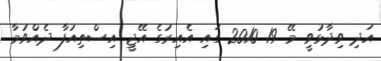
އަދި ވިދާޅުވީ މޭ 19 2010 ގައި އެއިރުގެ އޭޖީ އިސްތިއުފާ ދެއްވުމާ